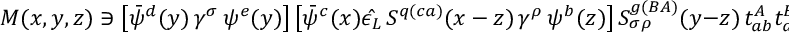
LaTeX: { \cal M } ( x , y , z ) \ni \left[ \bar { \psi } ^ { d } ( y ) \, \gamma ^ { \sigma } \, \psi ^ { e } ( y ) \right] \left[ \bar { \psi } ^ { c } ( x ) \hat { \epsilon _ { L } } \, S ^ { q ( c a ) } ( x - z ) \, \gamma ^ { \rho } \, \psi ^ { b } ( z ) \right] S _ { \sigma \rho } ^ { g ( B A ) } ( y - z ) \, t _ { a b } ^ { A } t _ { d e } ^ { B } .